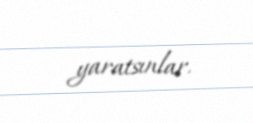
yaratsınlar.